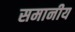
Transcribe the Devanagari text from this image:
समानीय